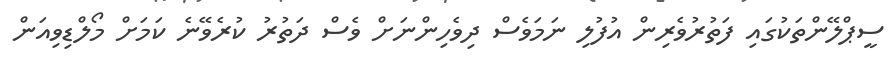
ސީޕްލޭންތަކުގައި ފަތުރުވެރިން އުފުލި ނަމަވެސް ދިވެހިންނަށް ވެސް ދަތުރު ކުރެވޭނެ ކަމަށް މޯލްޑިވިއަން